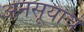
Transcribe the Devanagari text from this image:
अनसूयाचे